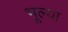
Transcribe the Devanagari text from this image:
भूल्या